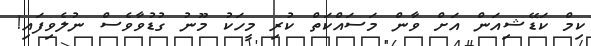
ކިމް ކަޑޭޝިއަން އަށް ވާން މަސައްކަތް ކުރި މީހަކުު މޫނު ގުޑުވާވެސް ނުލެވިފައި!